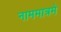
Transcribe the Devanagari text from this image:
नाममात्रमे